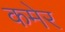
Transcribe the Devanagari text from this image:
कमेर